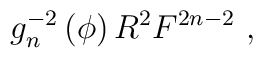
g_n^{-2}\left(\phi\right) R^2 F^{2n-2}\ ,